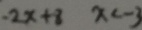
- 2 x + 8 x < - 3